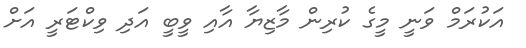
އަކުރަމް ވަނީ މީގެ ކުރިން މާޒިޔާ އާއި ވީބީ އަދި ވިކްޓަރީ އަށް